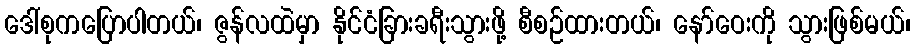
ဒေါ်စုကပြောပါတယ်၊ ဇွန်လထဲမှာ နိုင်ငံခြားခရီးသွားဖို့ စီစဉ်ထားတယ်၊ နော်ဝေးကို သွားဖြစ်မယ်၊